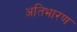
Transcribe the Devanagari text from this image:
अतिभारण